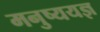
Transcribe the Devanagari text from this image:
मनुष्ययज्ञ